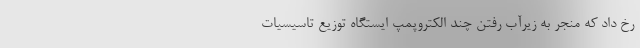
رخ داد که منجر به زیرآب رفتن چند الکتروپمپ ایستگاه توزیع تاسیسیات